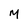
Character: M